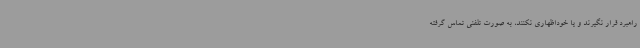
راهبرد قرار نگیرند و یا خوداظهاری نکنند، به صورت تلفنی تماس گرفته